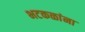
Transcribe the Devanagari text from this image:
भटकळांना